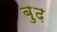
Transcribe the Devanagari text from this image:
बु़ढ़